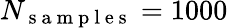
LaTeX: N_{\mathrm{~s~a~m~p~l~e~s~}}=1000